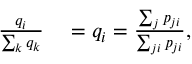
\begin{array} { r l } { \frac { q _ { i } } { \sum _ { k } q _ { k } } } & { { } = q _ { i } = \frac { \sum _ { j } p _ { j i } } { \sum _ { j i } p _ { j i } } , } \end{array}